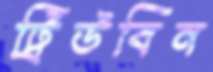
ট্রিউবিন